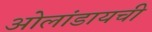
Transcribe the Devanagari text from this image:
ओलांडायची